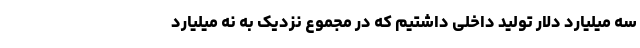
سه میلیارد دلار تولید داخلی داشتیم که در مجموع نزدیک به نه میلیارد